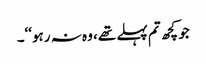
جو کچھ تم پہلے تھے، وہ نہ رہو‘‘۔